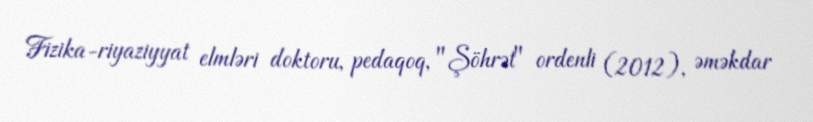
Fizika-riyaziyyat elmləri doktoru, pedaqoq, "Şöhrət" ordenli (2012), əməkdar